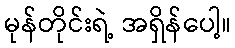
မုန်တိုင်းရဲ့ အရှိန်ပေါ့။